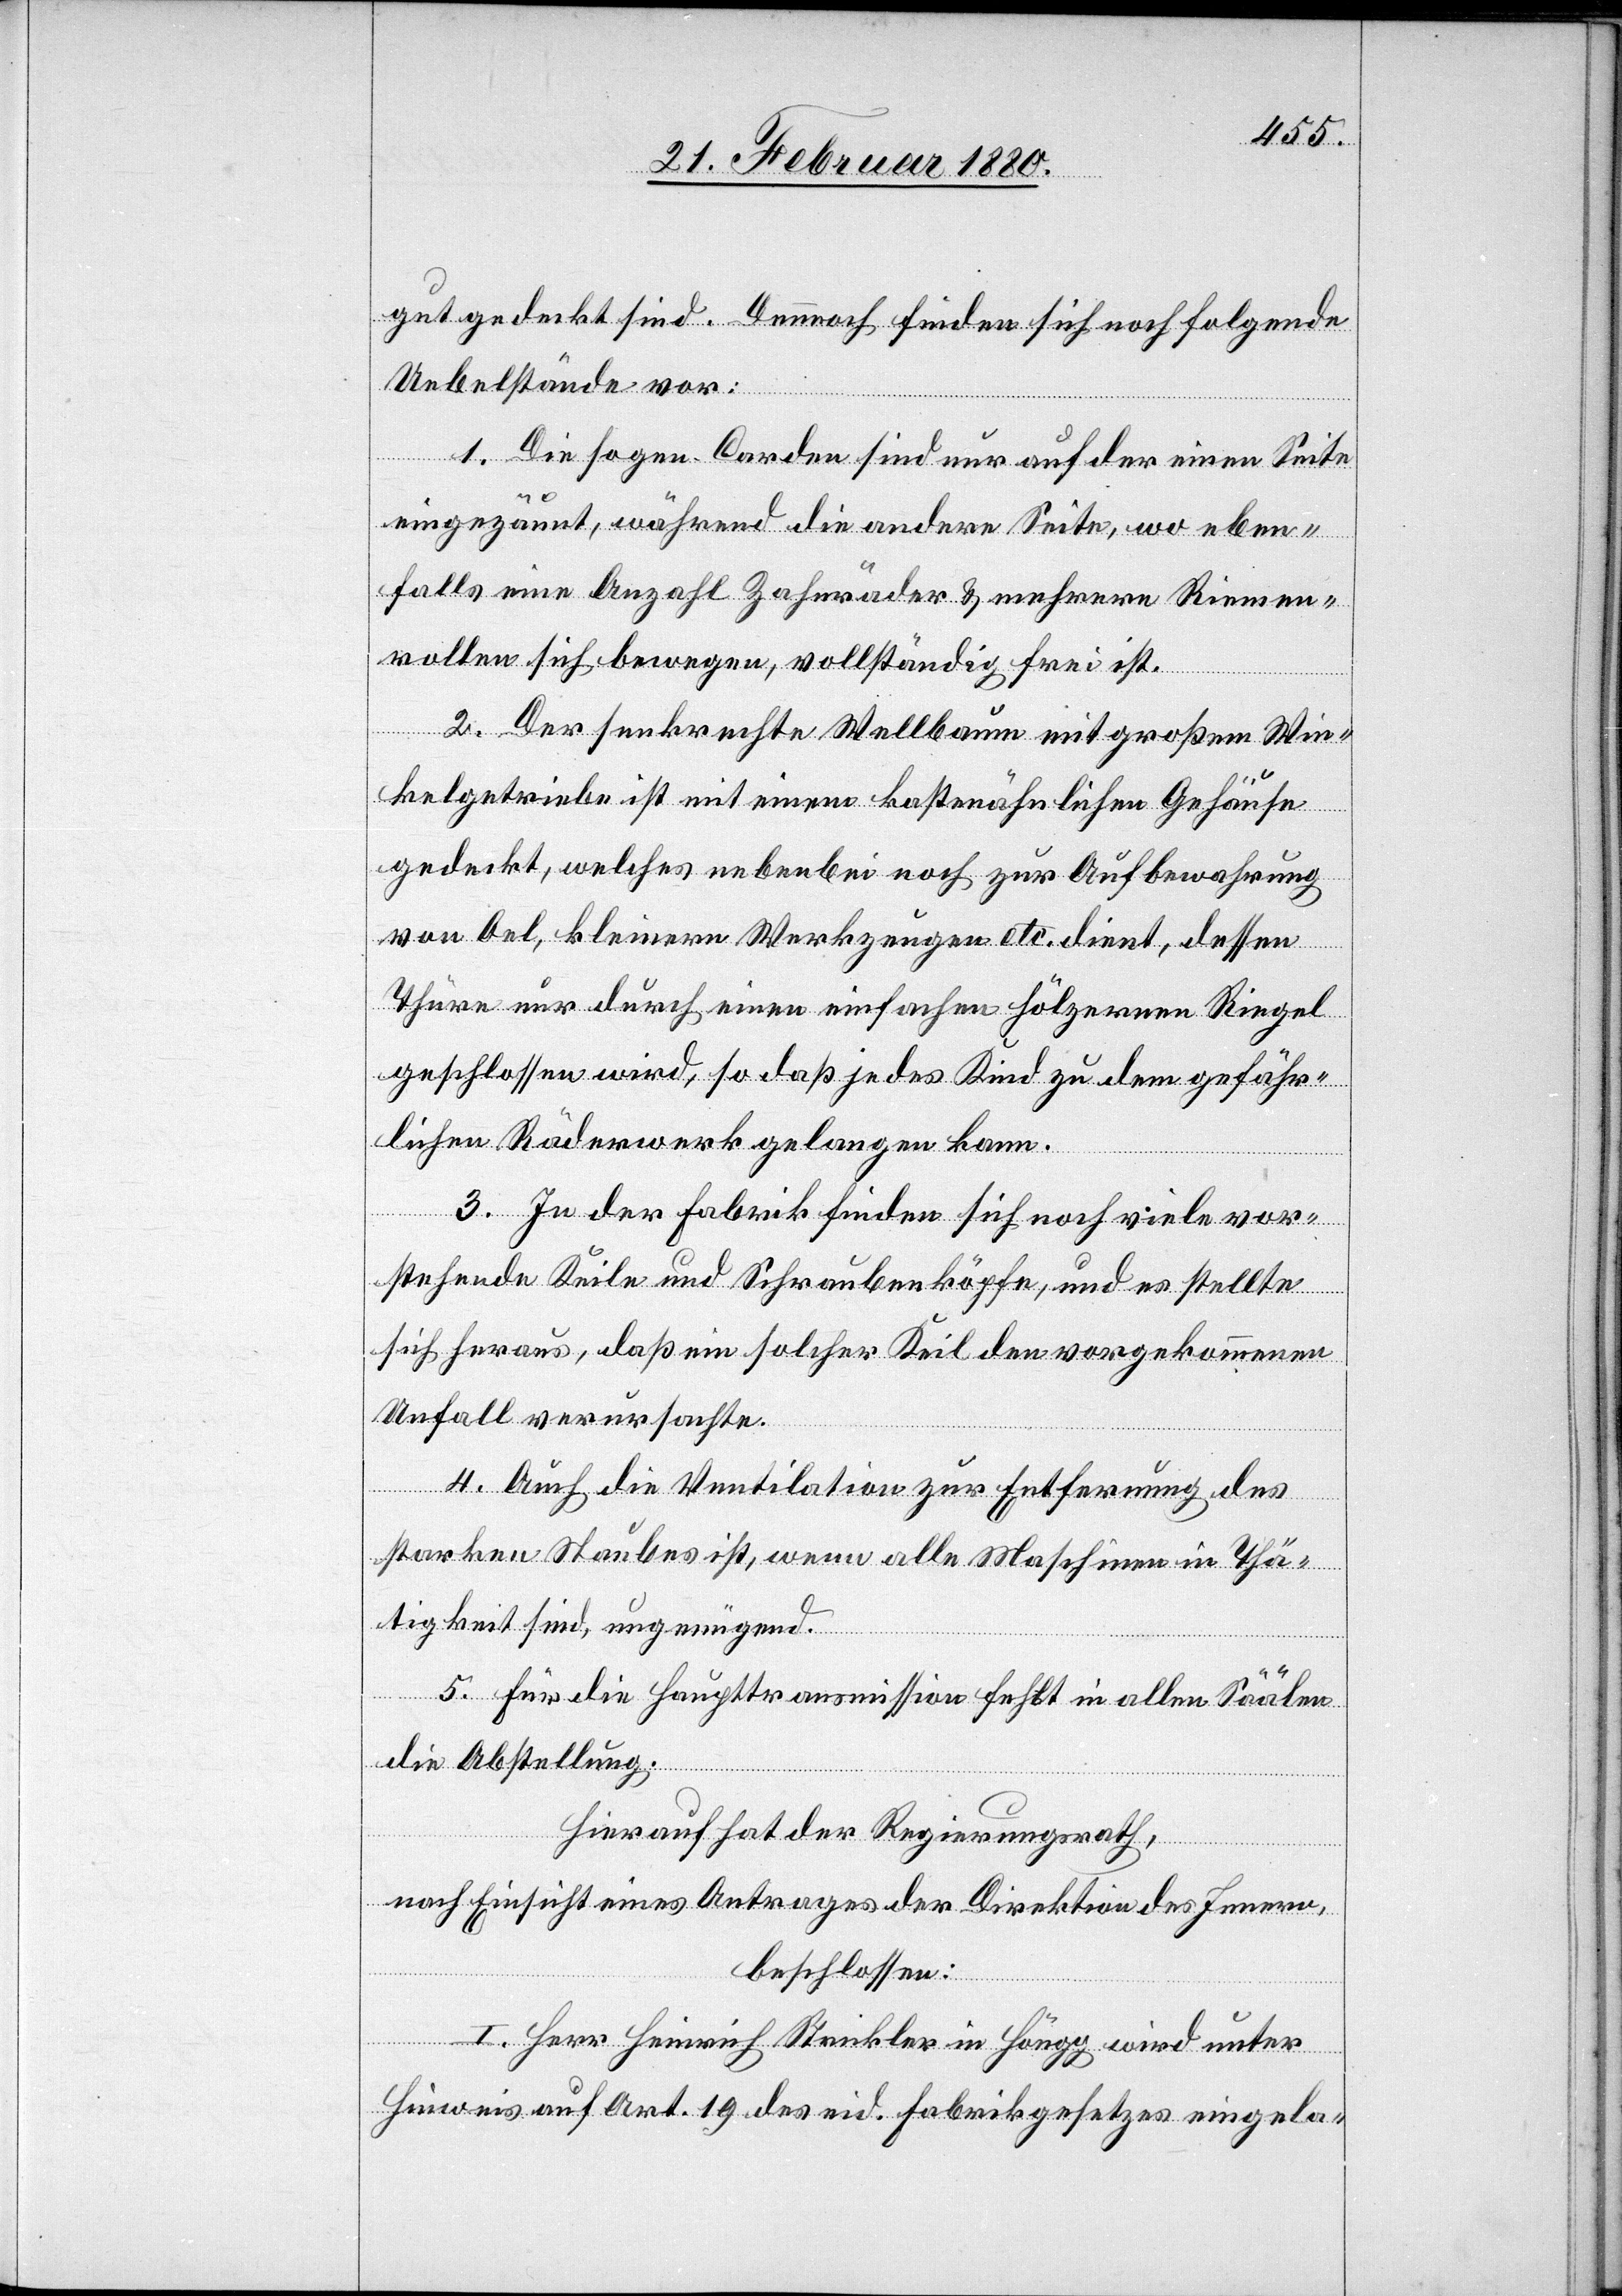
gut gedeckt sind. Dennoch finden sich noch folgende
Uebelstände vor:
1. Die sogen. Carden sind nur auf der einen Seite
eingezäunt, während die andere Seite, wo eben¬
falls eine Anzahl Zahnräder & mehrere Riemen¬
wollen sich bewegen, vollständig frei ist.
2. Der senkrechte Wellbaum mit großem Win¬
kelgetriebe ist mit einem kastenähnlichen Gehäuse
gedeckt, welches nebenbei noch zur Aufbewahrung
von Oel, kleinern Werkzeugen etc. dient, dessen
Thüre nur durch einen einfachen hölzernen Riegel
geschlossen wird, so daß jedes Kind zu dem gefähr¬
lichen Räderwerk gelangen kann.
3. In der Fabrik finden sich noch viele vor¬
stehende Keile und Schraubenköpfe, und es stellte
sich heraus, daß ein solcher Keil den vorgekommenen
Unfall verursachte.
4. Auch die Ventilation zur Entfernung des
starken Staubes ist, wenn alle Maschinen in Thä¬
tigkeit sind, ungenügend.
5. Für die Haupttransmission fehlt in allen Säälen
die Abstellung.
Hierauf hat der Regierungsrath,
nach Einsicht eines Antrages der Direktion des Innern,
beschlossen:
I. Herr Heinrich Strickler in Höngg wird unter
Hinweis auf Art. 19 des eid. Fabrikgesetzes eingela-